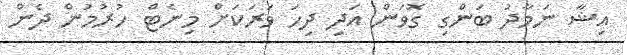
އިޝާ ނަމާދު ބަންގި ގޮވަން އަދި ދިހަ ވަރަކަށް މިނެޓް ހުރުމުން ދެން